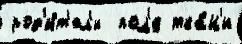
род'и́т'ел'и  пол'е тка́н'и